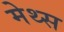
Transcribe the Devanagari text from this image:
मेथ्स